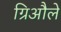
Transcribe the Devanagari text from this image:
ग्रिऔले